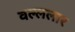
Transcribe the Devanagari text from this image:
वल्ललार